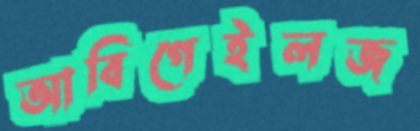
আবিগেইলজ